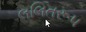
લલિતરૂપ